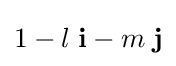
1-l\;\mathbf {i} -m\;\mathbf {j}